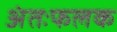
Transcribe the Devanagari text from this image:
अंतःफलक